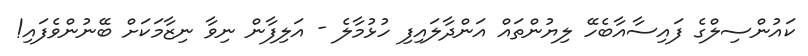
ކައުންސިލްގެ ފައިސާއާބެހޭ ލިޔުންތައް އަންދާލައިފި ހުޅުމާލެ - އަލިފާން ނިވާ ނިޒާމަކަށް ބޭނުންވެފައި!